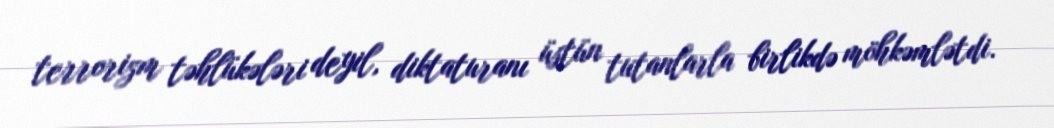
terrorizm təhlükələri deyil, diktaturanı üstün tutanlarla birlikdə möhkəmlətdi.